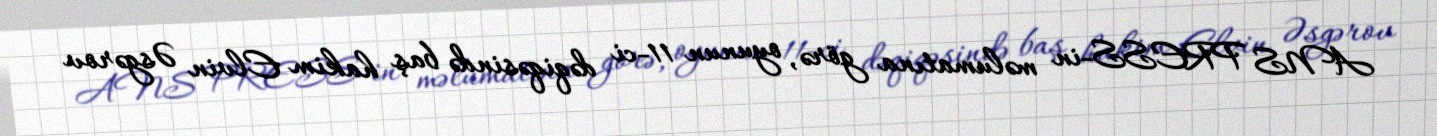
ANS PRESS-in məlumatına görə, oyunun 11-ci dəqiqəsində baş hakim Elvin Əsgərov